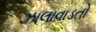
ઝાલાવાડતો